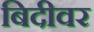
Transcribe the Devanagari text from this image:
बिदीवर